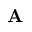
\mathbf { A }